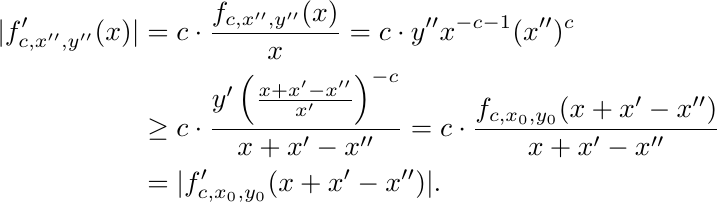
    \begin{align*}
    |f_{c, x'', y''}'(x)| &= c \cdot \frac{f_{c, x'', y''}(x)}{x} = c \cdot y'' x^{-c-1} (x'')^c\\
    &\ge c \cdot \frac{y'\left(\frac{x+x'-x''}{x'}\right)^{-c}}{x+x'-x''} = c \cdot \frac{f_{c, x_0, y_0}(x+x'-x'')}{x+x'-x''}\\
    &= |f_{c, x_0, y_0}'(x+x'-x'')|.
    \end{align*}